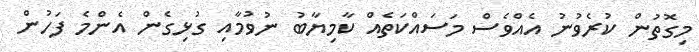
މިގޮތުން ކުރެވުނު އެއްވެސް މަސައްކަތެއް ކާމިޔާބު ނުވުމާއި ގުޅިގެން އެންމެ ފަހުން